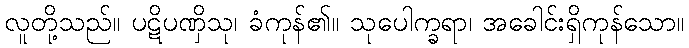
လူတို့သည်။ ပဋိပဏှိသု၊ ခံကုန်၏။ သုပေါက္ခရာ၊ အခေါင်းရှိကုန်သော။